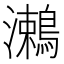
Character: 𪄠